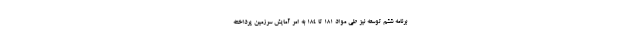
برنامه ششم توسعه نیز طی مواد ۱۸۱ تا ۱۸۴ به امر آمایش سرزمین پرداخته